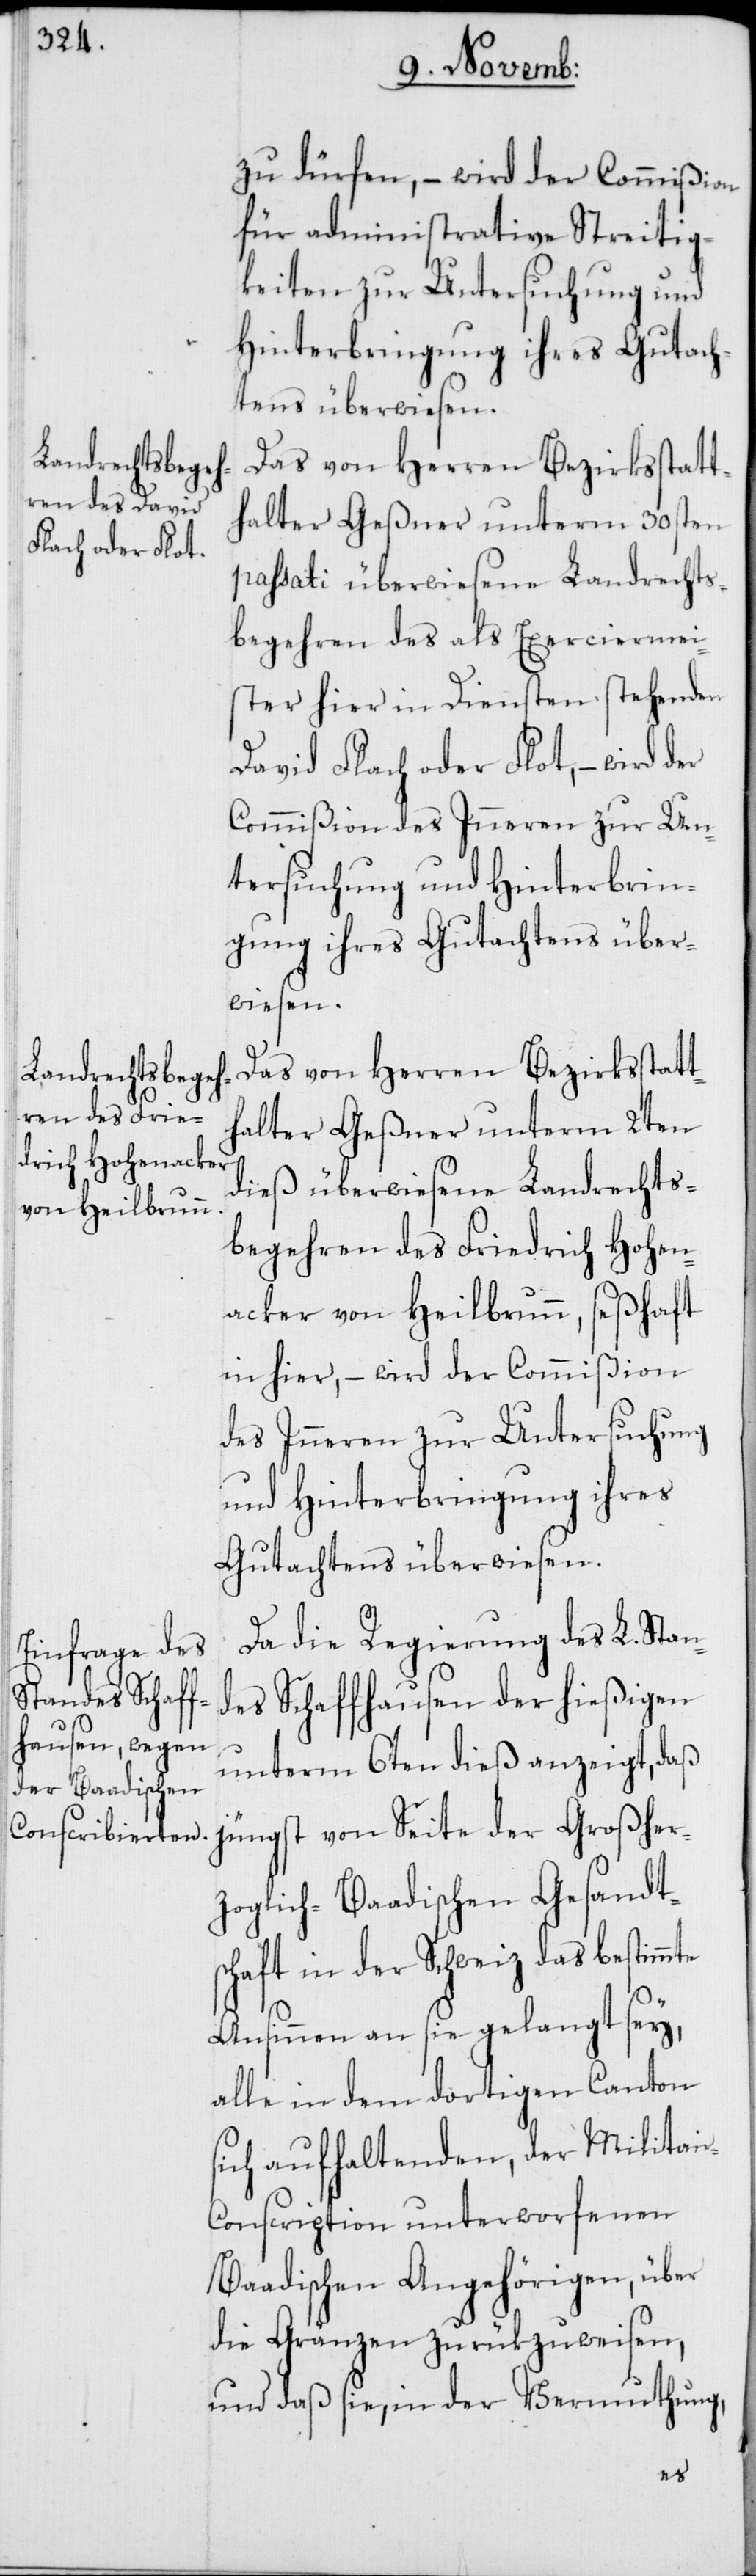
zu dürfen, – wird der Commißion
für administrative Streitig¬
keiten zur Untersuchung und
Hinterbringung ihres Gutach¬
tens überwiesen.
Das von Herren Bezirksstatt¬
halter Geßner unterm 30sten
passati überwiesene Landrechts¬
begehren des als Exerciermei¬
ster hier in Diensten stehenden
David Flach oder Flot, – wird der
Commißion des Inneren zur Un¬
tersuchung und Hinterbrin¬
gung ihres Gutachtens über¬
wiesen.
Das von Herren Bezirksstatt¬
halter Geßner unterm 2ten
dieß überwiesene Landrechts¬
begehren des Friedrich Hohen¬
acker von Heilbrunn, seßhaft
in hier, – wird der Commißion
des Inneren zur Untersuchung
und Hinterbringung ihres
Gutachtens überwiesen.
Da die Regierung des L. Stan¬
des Schaffhausen der hießigen
unterm 6ten dieß anzeigt, daß
jüngst von Seite der Großher¬
zoglich-Baadischen Gesandts¬
chaft in der Schweiz das bestimmte
Ansinnen an sie gelangt sey,
alle in dem dortigen Canton
sich aufhaltenden, der Militai¬
r-Conscription unterworfenen
Baadischen Angehörigen, über
die Gränzen zurükzuweisen,
und daß sie, in der Vermuthung,